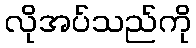
လိုအပ်သည်ကို